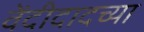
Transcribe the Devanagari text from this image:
वेंदीदादच्या